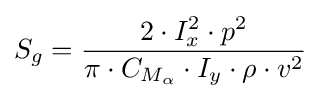
S_{g}={\frac {2\cdot I_{x}^{2}\cdot p^{2}}{\pi \cdot C_{M_{\alpha }}\cdot I_{y}\cdot \rho \cdot v^{2}}}